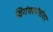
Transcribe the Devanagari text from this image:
दिगंबरपंतांवर